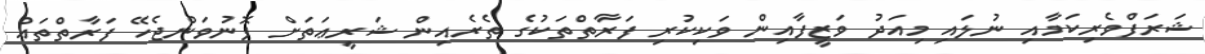
ޝަރަފްވެރިކަމާއި ނުލައި މިއަދު ވަޒީފާއިން ވަކިކުރި ފަރާތްތަކުގެ ތެރެއިން ޝަރީޢަތަށް ފޮނުވަންޖެހޭ ފަރާތްތައް